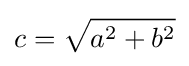
c={\sqrt {a^{2}+b^{2}}}